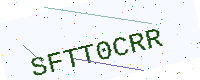
Text: SFTT0CRR